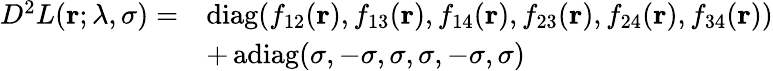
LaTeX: \begin{array}{rl}{D^{2}L(\mathbf{r};\lambda,\sigma)=}&{\operatorname{diag}(f_{12}(\mathbf{r}),f_{13}(\mathbf{r}),f_{14}(\mathbf{r}),f_{23}(\mathbf{r}),f_{24}(\mathbf{r}),f_{34}(\mathbf{r}))}\\ &{+\operatorname{adiag}(\sigma,-\sigma,\sigma,\sigma,-\sigma,\sigma)}\end{array}